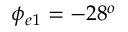
\phi _ { e 1 } = - 2 8 ^ { o }